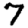
Digit: 7